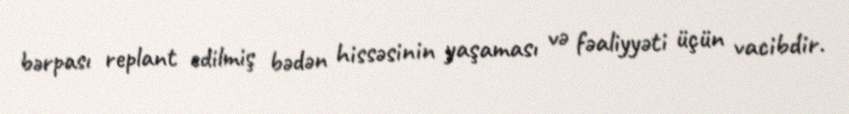
bərpası replant edilmiş bədən hissəsinin yaşaması və fəaliyyəti üçün vacibdir.